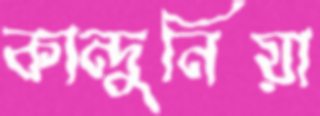
কান্দুনিয়া